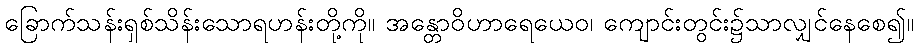
ခြောက်သန်းရှစ်သိန်းသောရဟန်းတို့ကို။ အန္တောဝိဟာရေယေဝ၊ ကျောင်းတွင်း၌သာလျှင်နေစေ၍။